Some observations on the morphology and mechanism of the parts in the orthorrapha - Number 58
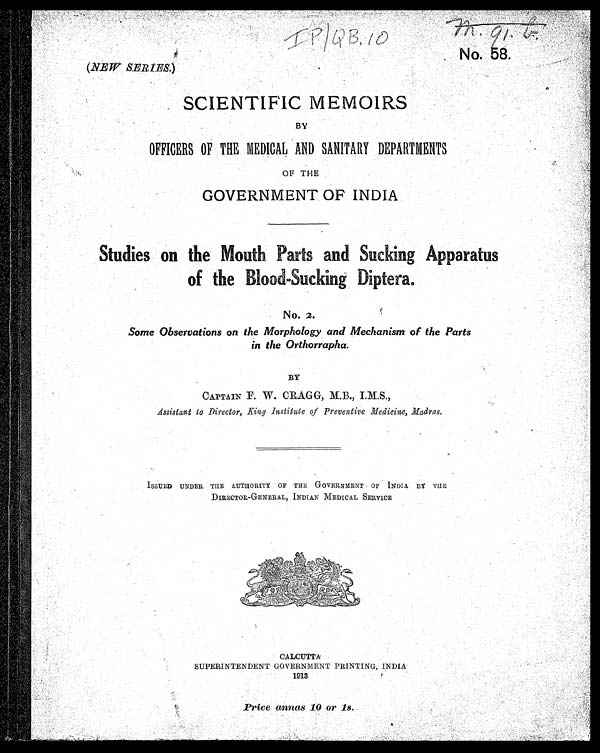
I P /Q B. 10
No. 58.
(NEW SERIES. )
SCIENTIFIC MEMOIRS
BY
OFFICERS OF THE MEDICAL. AND SANITARY DEPARTMENTS
OF THE
GOVERNMENT OF INDIA
Studies on the Mouth Parts and Sucking Apparatus
o f t h e B l o o d - S u c k i n g D i p t e r a
No. 2.
Some Observations on the Morphology and Mechanism of the Parts
in the Orthorrapha.
BY
CAPTAIN F. W. CRAGG, M.B., I.M.S.,
Assistant to Director, King Institute of Preventive Medicine, Madras.
ISSUED UNDER THE AUTHORITY OF THE GOVERNMENT OF INDIA BY THE
DIRECTOR-GENERAL, INDIAN MEDICAL SERVICE
CALCUTTA
SUPERINTENDENT GOVERNMENT PRINTING, INDIA
1913
Price annas 10 or 1s.